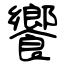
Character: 饗